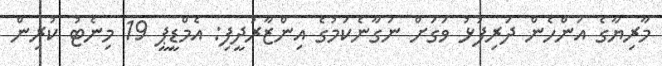
މާރިޔާގެ އަންހެން ދަރިފުޅު ވަގަށް ނަގާނެކަމުގެ އިންޒާރުދީފި: އެމްޑީޕީ 19 މިނެޓު ކުރިން